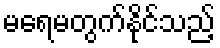
မရေမတွက်နိုင်သည့်